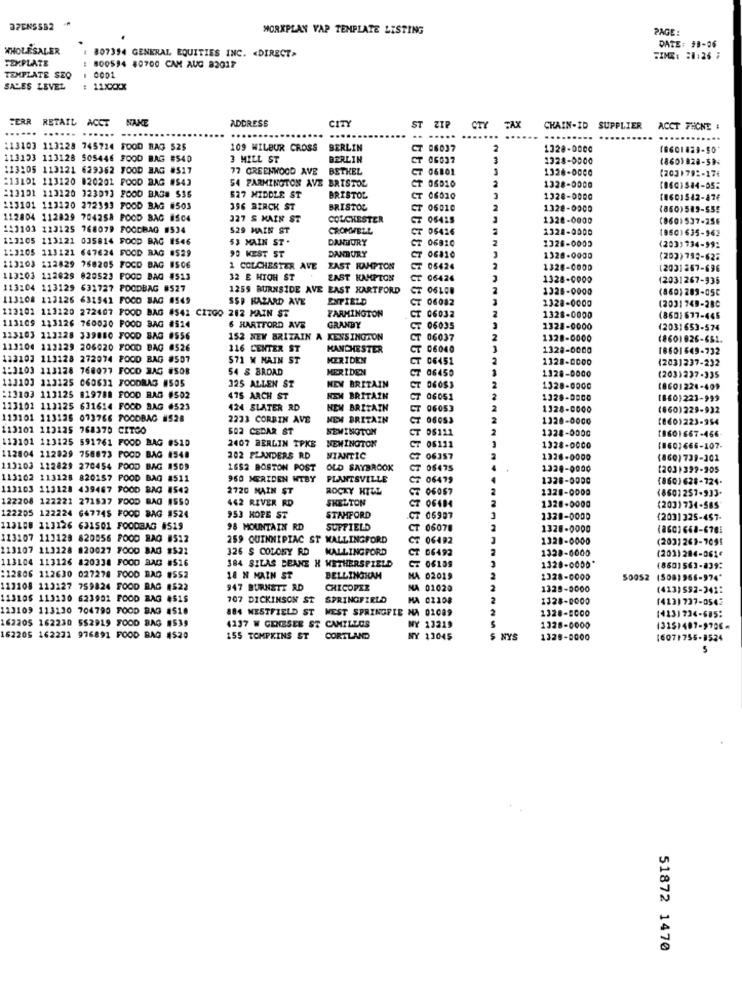
37EN5582 +
WORKPLAN YAP TEMPLATE LISTING
PAGE:
WHOLESALER
807354 GENERAL EQUITIES INC. «DIRECT>
DATE: #8-06
TEMPLATE
TIME: 20:26 ;
: 800594 80700 CAM AUG 82017
TEMPLATE SEQ
SALES LEVEL
: 11XXXXX
FERR RETAIL ACCT NAME
RETAIL
NAKE
ADDRESS
CITY
...... ......
...... .....
ST ZIP
CTY FAX
CHAIN-ID
SUPPLIER
ACCT PHONE #
.....
....
113103 113228 745724 FOOD BAS 525
109 WILBUR CROSS
BERLIN
06037
1328-0000
(8601829-50*
113133 113128 505446 FOOD BAG #$40
3 MILL ST
BERLIN
ST
06037
3
1328-0000
(860)928-59-
113105 113121 629362 FOOD BAG #517
77 GREENWOOD AVE
BETHEL
CT 06801
3
1326-0000
:13101 113120 820201 FOOD BAG #$43
54 PARMINGTON AVE BRISTOL
(2031792-17€
213101 113220 323013 FOOD BAG# $35
CT 06010
2
1328-0000
527 MIDDLE ST
BRISTOL
CT 06010
1328-0000
(0601542-87€
113101 113120 272393 FOOD BAG #503
356 BIRCK ST
BRISTOL
CT 06010
1328-0000
(850)549-555
112804 112829 704258 FOOD BAG 8504
327 S MAIN ST
COLCHESTER
CT 06425
1328-0000
(860)537-256
1:3103 123125 768079 FOODBAG #534
529 MAIN ST
CROMWELL
CT
06426
2328-0000
(860)635-163
113105 113121 035814 FOOD BAG 1546
53 MAIN ST.
DANBURY
CT 06810
1328-0003
1:3205 113121 647624 FOOD RAG #529
DANBURY
(2033734-99:
90 KEST ST
CT 06810
1328-0000
(203) 795-625
113103 112429 758205 FOCO BAG IS06
1 COLCHESTER AVE
ZAST RAHPTON
05424
1328-000D
(2031867-696
113203 112829 820523 FOOD BAG #513
32 E HIGH ST
EAST HAMPTON
CT 06426
1328-0000
12031267-935
113104 113129 631727 POODBAG #527
1259 BURNSIDE AVE EAST HARTFORD
CT 06108
1328-0000
(860)289-05C
113108 113126 631542 FOCO BAG #549
SSP HAZARD AVE
ENPIELD
1328-0000
(2031 748-280
123102 113120 272407 FOOD BAG #542 CITGO 212 MAIN ST
CT
CT 06082
FARMINGTON
06032
1328-0000
(8601677-445
113109 113126 760030 FOOD BAG #514
6 HARTFORD AVS
GRANBY
CT
06035
1328-0000
(2031653-574
123103 113228 339880 FOOD BAG 8556
152 NEW BRITAIN A KENSINGTON
CT 06037
1328-0000
(8601826-651
113104 113229 206020 FOOD BAG #526
116 CENTER ST
MANCHESTER
CT 06040
1328-0000
18601 649-732
123102 113128 272074 FOOD BAG #507
$71 W MAIN ST
MERIDEN
T 06451
1328-0000
(203)237-232
1:3103 113128 768077 FOCO BAG #SOB
54 & BROAD
MERIDEN
CT 06450
1328-0000
113103 113125 060631 FOODRAS #505
CT
(203)237-335
325 ALLEN ST
NEW BRITAIN
CT 06053
1328-0000
(8601224-409
:13103 113125 819788 FOOD BAG #502
475 ARCH ST
KEN BRITAIN
CT 06051
1328-0000
(860)223-999
113102 113125 631614 FOOD BAG #523
424 SLATER RD
NEW BRITAIN
CT
06053
1328-0000
(860)229-932
113101 113136 073766 FOODBAG #528
2233 CORBIN AVE
NEW BRITAIN
CT 06053
1328-0000
(860)223-954
113101 113125 768370 CITGO
502 CEDAR ST
NEWINGTON
CT 05111
1328-0000
[8601667-466
113101 113125 591761 FOOD BAG #510
2407 BERLIN TPKE
NEWINGTON
CT 06111
1328-0000
(860)666-107-
112804 112829 758873 FOOD BAG 1548
202 FLANDERS RD
NIANTIC
C7 06357
1326-0000
(860) 739-301
113103 112829 270454 FOOD BAG 4509
1652 BOSTON POST
OLD SAYBROOK
CT 06475
1320-0000
[203)399-905
113102 113128 820157 POOD BAG #511
960 MERIDEN WTBY
PLANTSVILLE
CZ 06479
1328-0000
(860) 628-724.
113103 113128 439467 FOOD BAG 1542
2720 MAIN ST
ROCKY HILL
T 06067
1328-0000
(8601257-933.
122208 122221 271527 FOOD BAG 4550
SHELTON
CT 06484
1328-0000
442 RIVER RD
STAMFORD
(203)734-585
122205 122224 647745 FOOD BAG 1524
953 HOPE ST
CT 06987
1328-0000
(2031 325-457-
113100 113126 631501 FOODBAG #519
98 MOUNTAIN RD
SUFFIELD
T 06078
1328-0000
(8601668-6761
113107 113128 820056 FOOD RAG #512
259 QUINNIPIAC ST WALLINGFORD
T 06492
1328-0000
(203)263-7091
113107 113128 820027 FOOD BAG #521
326 S COLOBY RD
WALLINGFORD
T 06492
1328-6000
(203)284-061€
113104 113126 820338 FOOD BAG #$16
1328-0000*
384 SILAS BEANE H WETHERSFIELD
CZ 06109
(8601563-839:
:12806 112630 027278 FOOD BAG #552
18 H MAIN ST
BELLINGHAM
MA 02019
2328-0000
50052
(508)966-974"
113108 113127 759824 FOOD BAG #522
947 BURNSTT RD
CHICOPEE
NA 01020
2
1328-0000
(413)592-241:
113106 113130 623901 FOOD BAG 4515
707 DICKINSON ST
SPRINGFIELD
HA 01108
2
1328-0000
(413) 737-0542
113109 113130 704790 FOOD BAG #518
884 WESTFIELD ST WEST SPRINGFIE NA 02089
2
1328-8000
162205 162230 552919 FOOD BAG #539
4137 W GENESEE ST CAMILLOS
14231734-685:
NY 13219
1328-0000
13151407-9706-
162205 162231 976891 FOOD BAG #520
155 TOMPKINS ST
CORTLAND
NY 13045
$ NYS
1328-0000
16071755-8524
51872 1470